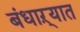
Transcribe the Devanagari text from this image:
बंधाऱ्यात